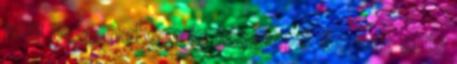
ami még nekem is meglepő és hát el is